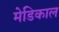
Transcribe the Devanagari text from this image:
मेडिकाल